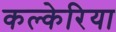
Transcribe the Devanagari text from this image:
कल्केरिया